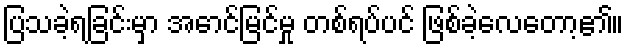
ပြသခဲ့ရခြင်းမှာ အောင်မြင်မှု တစ်ရပ်ပင် ဖြစ်ခဲ့လေတော့၏။